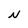
Character: N